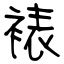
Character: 裱